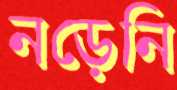
নড়েনি